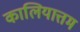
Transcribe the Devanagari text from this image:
कालियात्तम